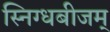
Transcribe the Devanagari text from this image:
स्निग्धबीजम्